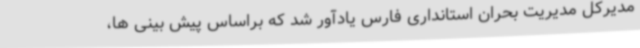
مدیرکل مدیریت بحران استانداری فارس یادآور شد که براساس پیش بینی ها،